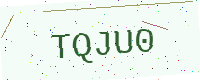
Text: TQJU0